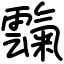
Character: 霼